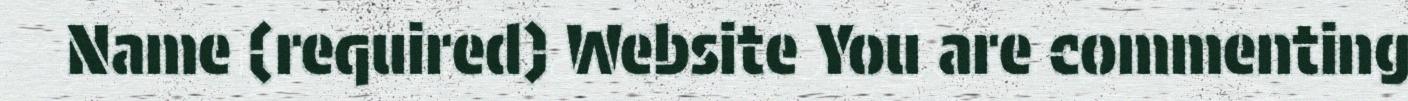
Name (required) Website You are commenting